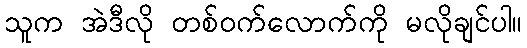
သူက အဲဒီလို တစ်ဝက်လောက်ကို မလိုချင်ပါ။